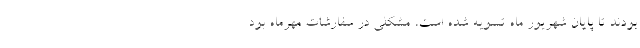
بودند تا پایان شهریور ماه تسویه شده است، مشکلی در سفارشات مهرماه بود